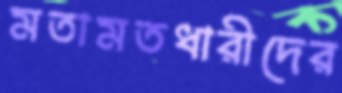
মতামতধারীদের